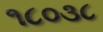
૧૮૦૩૮